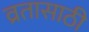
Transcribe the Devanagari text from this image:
व्रतासाठी